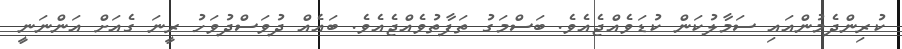
ކުރިންދެމުންއައި ސަމާލުކަން ކުޑަވެއްޖެއެވެ. ބަސްމަގު ތަފާތުވެއްޖެއެވެ. ބައެއް ދުވަސްދުވަހު ރީނަ ގެއަށް އަންނަނީ